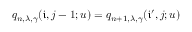
q _ { n , \lambda , \gamma } ( \mathfrak { i } , j - 1 ; u ) = q _ { n + 1 , \lambda , \gamma } ( \mathfrak { i } ^ { \prime } , j ; u )